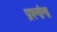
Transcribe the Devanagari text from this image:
प्रश्‍नांना